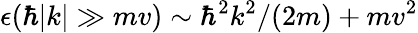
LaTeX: \epsilon(\hbar|k|\gg mv)\sim\hbar^{2}k^{2}/(2m)+mv^{2}